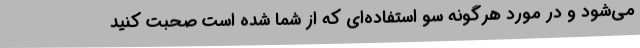
می‌شود و در مورد هرگونه سو استفاده‌ای که از شما شده است صحبت کنید